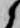
候